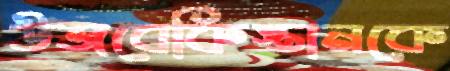
উজবেকিস্তানকে